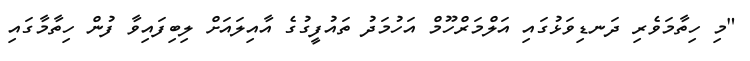
"މި ހިތާމަވެރި ދަނޑިވަޅުގައި އަލްމަރްހޫމް އަހުމަދު ތައުފީގުގެ އާއިލައަށް ލިބިފައިވާ ފުން ހިތާމާގައި